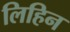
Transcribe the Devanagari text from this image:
लिहिन